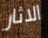
الاثار